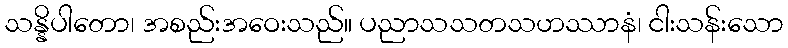
သန္နိပါတော၊ အစည်းအဝေးသည်။ ပညာသသတသဟဿာနံ၊ ငါးသန်းသော